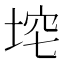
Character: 𪣞